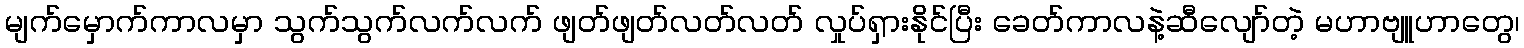
မျက်မှောက်ကာလမှာ သွက်သွက်လက်လက် ဖျတ်ဖျတ်လတ်လတ် လှုပ်ရှားနိုင်ပြီး ခေတ်ကာလနဲ့ဆီလျော်တဲ့ မဟာဗျူဟာတွေ၊